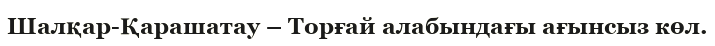
Шалқар-Қарашатау – Торғай алабындағы ағынсыз көл.